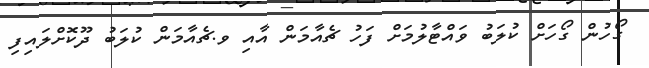
ގޯހުން ގޯހަށް ކުލަބު ވައްޓާލުމަށް ފަހު ޗެއާމަން އާއި ވ.ޗެއާމަން ކުލަބު ދޫކޮށްލައިފި